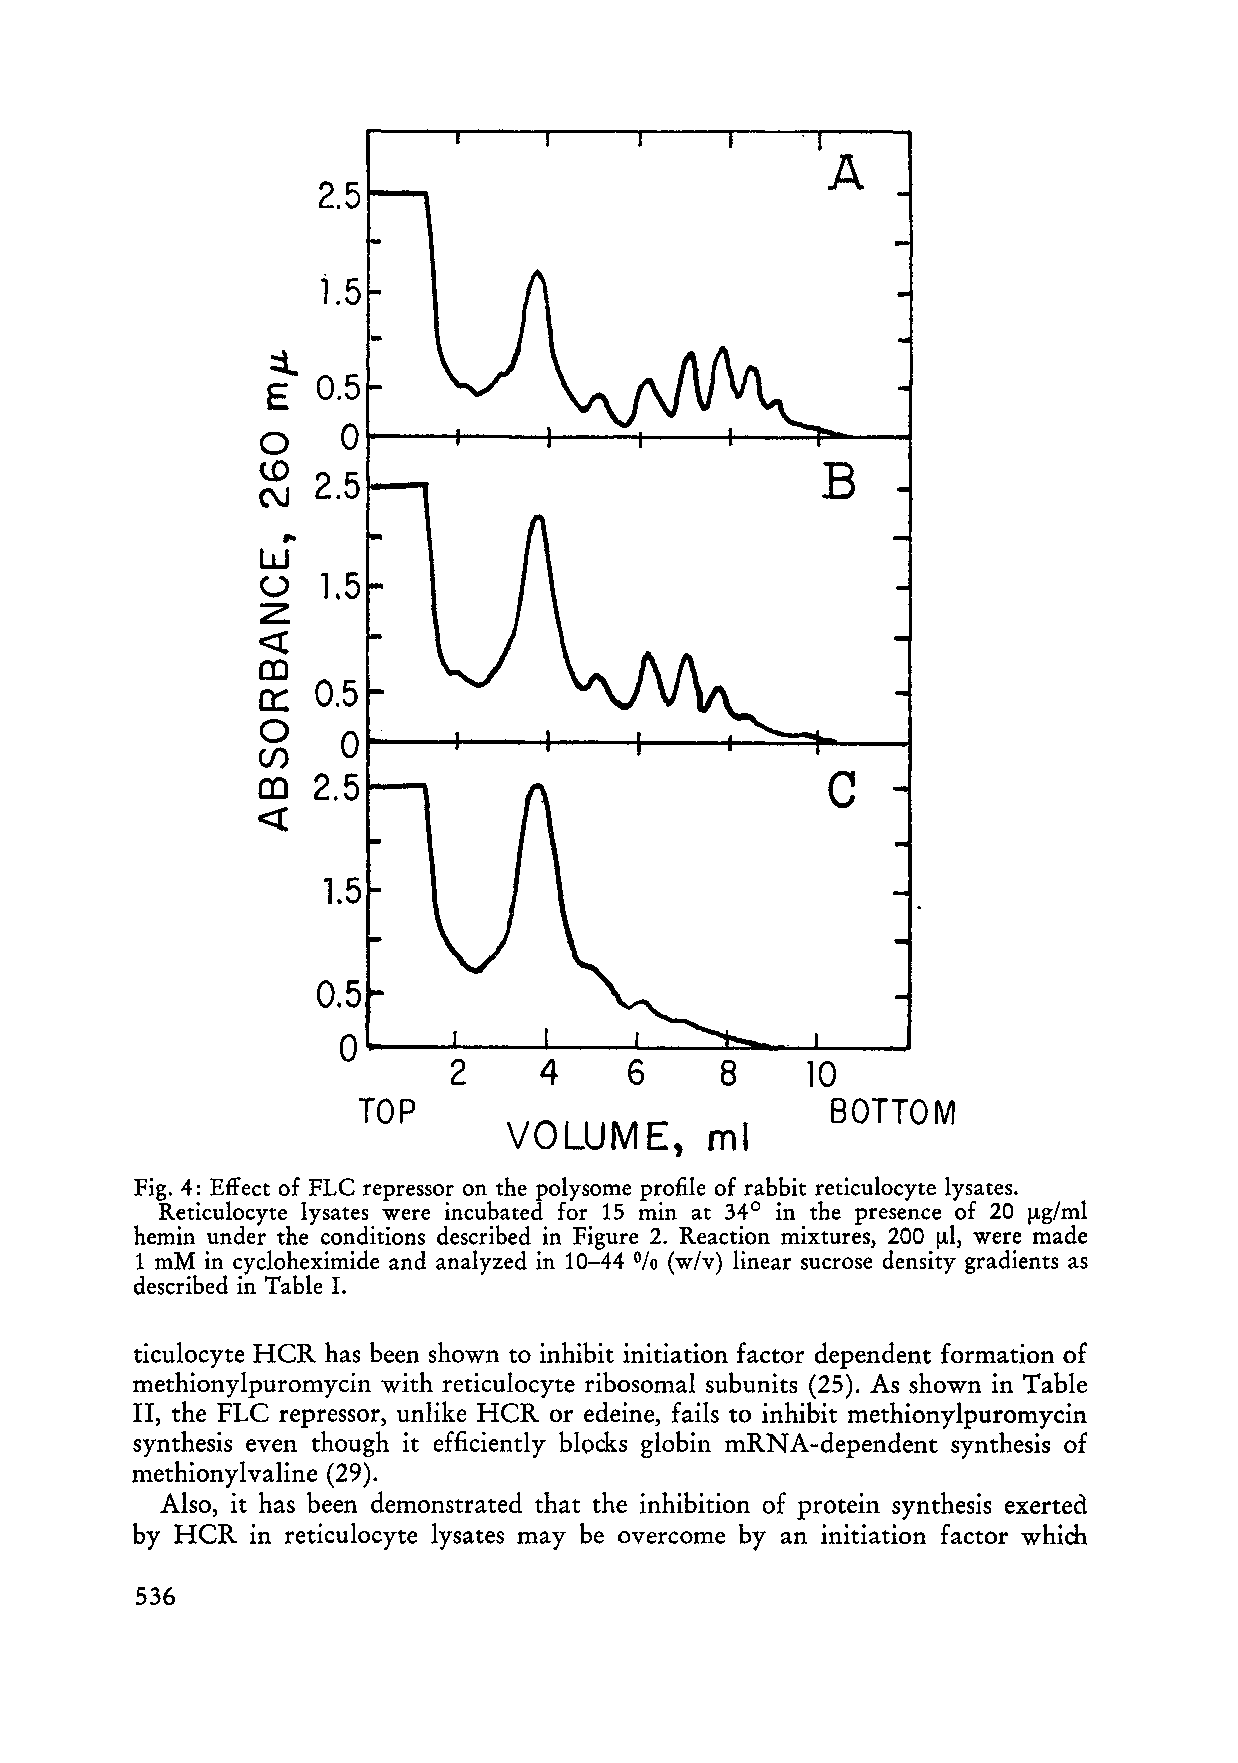
A
 2.5
 1.5
 :1..
 E  0.5
 0
 0
 w
 B
 2.5
 N
 ..
 W
 1.5
 ü
 z
 «
 CD
 0.5
 0::
 0
 0
 (J)
 2.5                               C
 CD
 «
 o----~--~--~--~~~--~
 2     4     6     8     10
 TOP                            SOTTOM
 VOLUME,      ml
 Fig. 4: Effect of FLC repressor on the polysome profile of rabbit reticulocyte lysates.
 Reticulocyte lysates were incubated for 15 min at 34° in the presence of 20 ~g/ml
 hemin under the conditions described in Figure 2. Reaction mixtures, 200 ~l, were made
 1 mM in cycloheximide and analyzed in 10-44 % (w/v) linear sucrose density gradients as
 described in Table 1.
 ticulocyte HCR has been shown to inhibit initiation factor dependent formation of
 methionylpuromycin with reticulocyte ribosom al subunits (25). As shown in Table
 II, the FLC repressor, unlike HCR or edeine, fails to inhibit methionylpuromycin
 synthesis even though it efficiently blocks globin mRNA-dependent synthesis of
 methionylvaline (29).
 Also, it has been demonstrated that the inhibition of protein synthesis exerted
 by HeR  in reticulocyte lysates may be overcome by an initiation factor which
 536